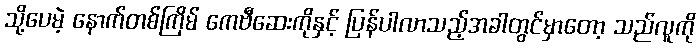
သို့ပေမဲ့ နောက်တစ်ကြိမ် ကေဗီဆေးကိုနှင့် ပြန်ပါလာသည့်အခါတွင်မှာတော့ သည်လူကို